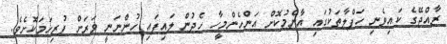
ރާއްޖޭގެ ކައިވެނި ހަފްލާތަކުގައި އާންމުކޮށް އަންހެންމީހާ ހެދުން ލައިފައި ހުންނަނީ ވަރަށް ފުރިހަމަކޮށެވެ.